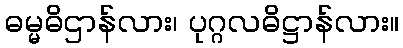
ဓမ္မဓိဌာန်လား၊ ပုဂ္ဂလဓိဋ္ဌာန်လား။